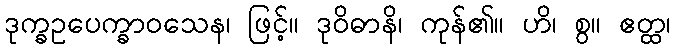
ဒုက္ခဥပေက္ခာဝသေန၊ ဖြင့်။ ဒုဝိဓာနိ၊ ကုန်၏။ ဟိ၊ စွ။ ဧတ္ထ၊